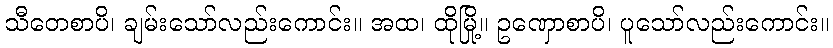
သီတေစာပိ၊ ချမ်းသော်လည်းကောင်း။ အထ၊ ထိုမြို့။ ဥဏှောစာပိ၊ ပူသော်လည်းကောင်း။